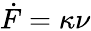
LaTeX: \dot{F}=\kappa\nu